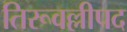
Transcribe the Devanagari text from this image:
तिरूवल्लीपद